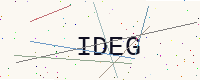
Text: IDEG